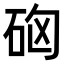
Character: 𥑪